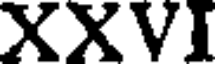
XXVI